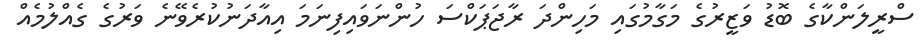
ސްރީލަންކާގެ ބޮޑު ވަޒީރުގެ މަގާމުގައި މަހިންދަ ރާޖަޕަކްސަ ހުންނަވައިފިނަމަ އިއާދަނުކުރެވޭނެ ވަރުގެ ގެއްލުމެއް